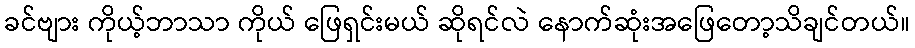
ခင်ဗျား ကိုယ့်ဘာသာ ကိုယ် ဖြေရှင်းမယ် ဆိုရင်လဲ နောက်ဆုံးအဖြေတော့သိချင်တယ်။